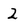
Character: 2